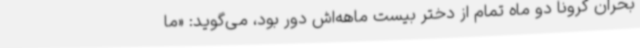
بحران کرونا دو ماه تمام از دختر بیست ماهه‌اش دور بود، می‌گوید: «ما